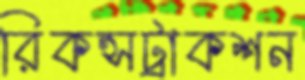
রিকন্সট্রাকশন